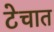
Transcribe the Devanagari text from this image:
टेचात